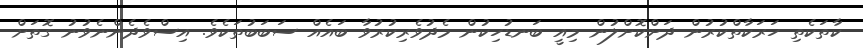
ކާތަކެތި ހަރަކާތްކުރުން ދަށްކޮށްލުން މިއީ ބަނޑުހިކުން މެދުވެރިކުރުވާ ބައެއް ސަބަބުތަކެވެ. އިސްވެދެންނެވުނު ގޮތަށް